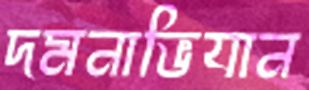
দমনাভিযান